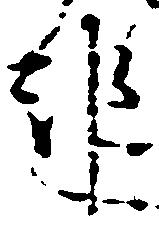
都